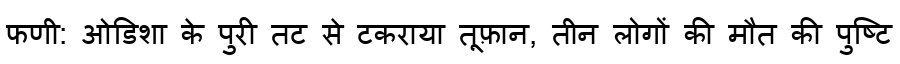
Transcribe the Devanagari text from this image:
फणी: ओडिशा के पुरी तट से टकराया तूफ़ान, तीन लोगों की मौत की पुष्टि